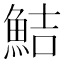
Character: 鮚